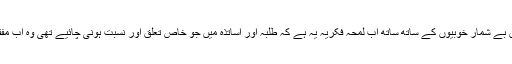
دینی مدارس کی ان بے شمار خوبیوں کے ساتھ ساتھ اب لمحہ فکریہ یہ ہے کہ طلبہ اور اساتذہ میں جو خاص تعلق اور نسبت ہونی چائیے تھی وہ اب مفقود نظر آ رہی ہے۔